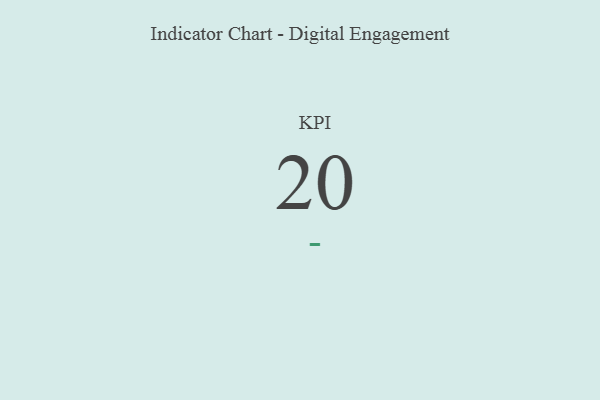
{"axis": {"x": "KPI", "y": "Value"}, "legend": [""], "data": [{"x": "KPI", "y": 20, "type": ""}]}